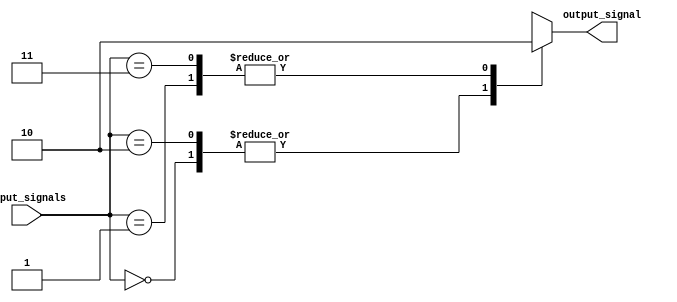
module full_case_behavior (
    input [1:0] input_signals,
    output reg output_signal
);

always @(*) begin
    case (input_signals)
        2'b00: output_signal = 1;
        2'b01: output_signal = 0;
        2'b10: output_signal = 1;
        2'b11: output_signal = 0;
    endcase
end

endmodule